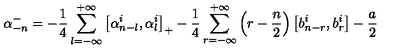
\alpha _ { - n } ^ { - } = - \frac { 1 } { 4 } \sum _ { l = - \infty } ^ { + \infty } \left[ \alpha _ { n - l } ^ { i } , \alpha _ { l } ^ { i } \right] _ { + } - \frac { 1 } { 4 } \sum _ { r = - \infty } ^ { + \infty } \left( r - \frac { n } { 2 } \right) \left[ b _ { n - r } ^ { i } , b _ { r } ^ { i } \right] - \frac { a } { 2 }